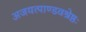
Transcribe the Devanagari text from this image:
अजयत्पाण्डवश्रेष्ठः